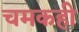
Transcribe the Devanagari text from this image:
चमकही